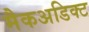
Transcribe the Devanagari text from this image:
मैकअडिक्ट